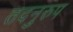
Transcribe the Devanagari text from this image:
तदनुरुप